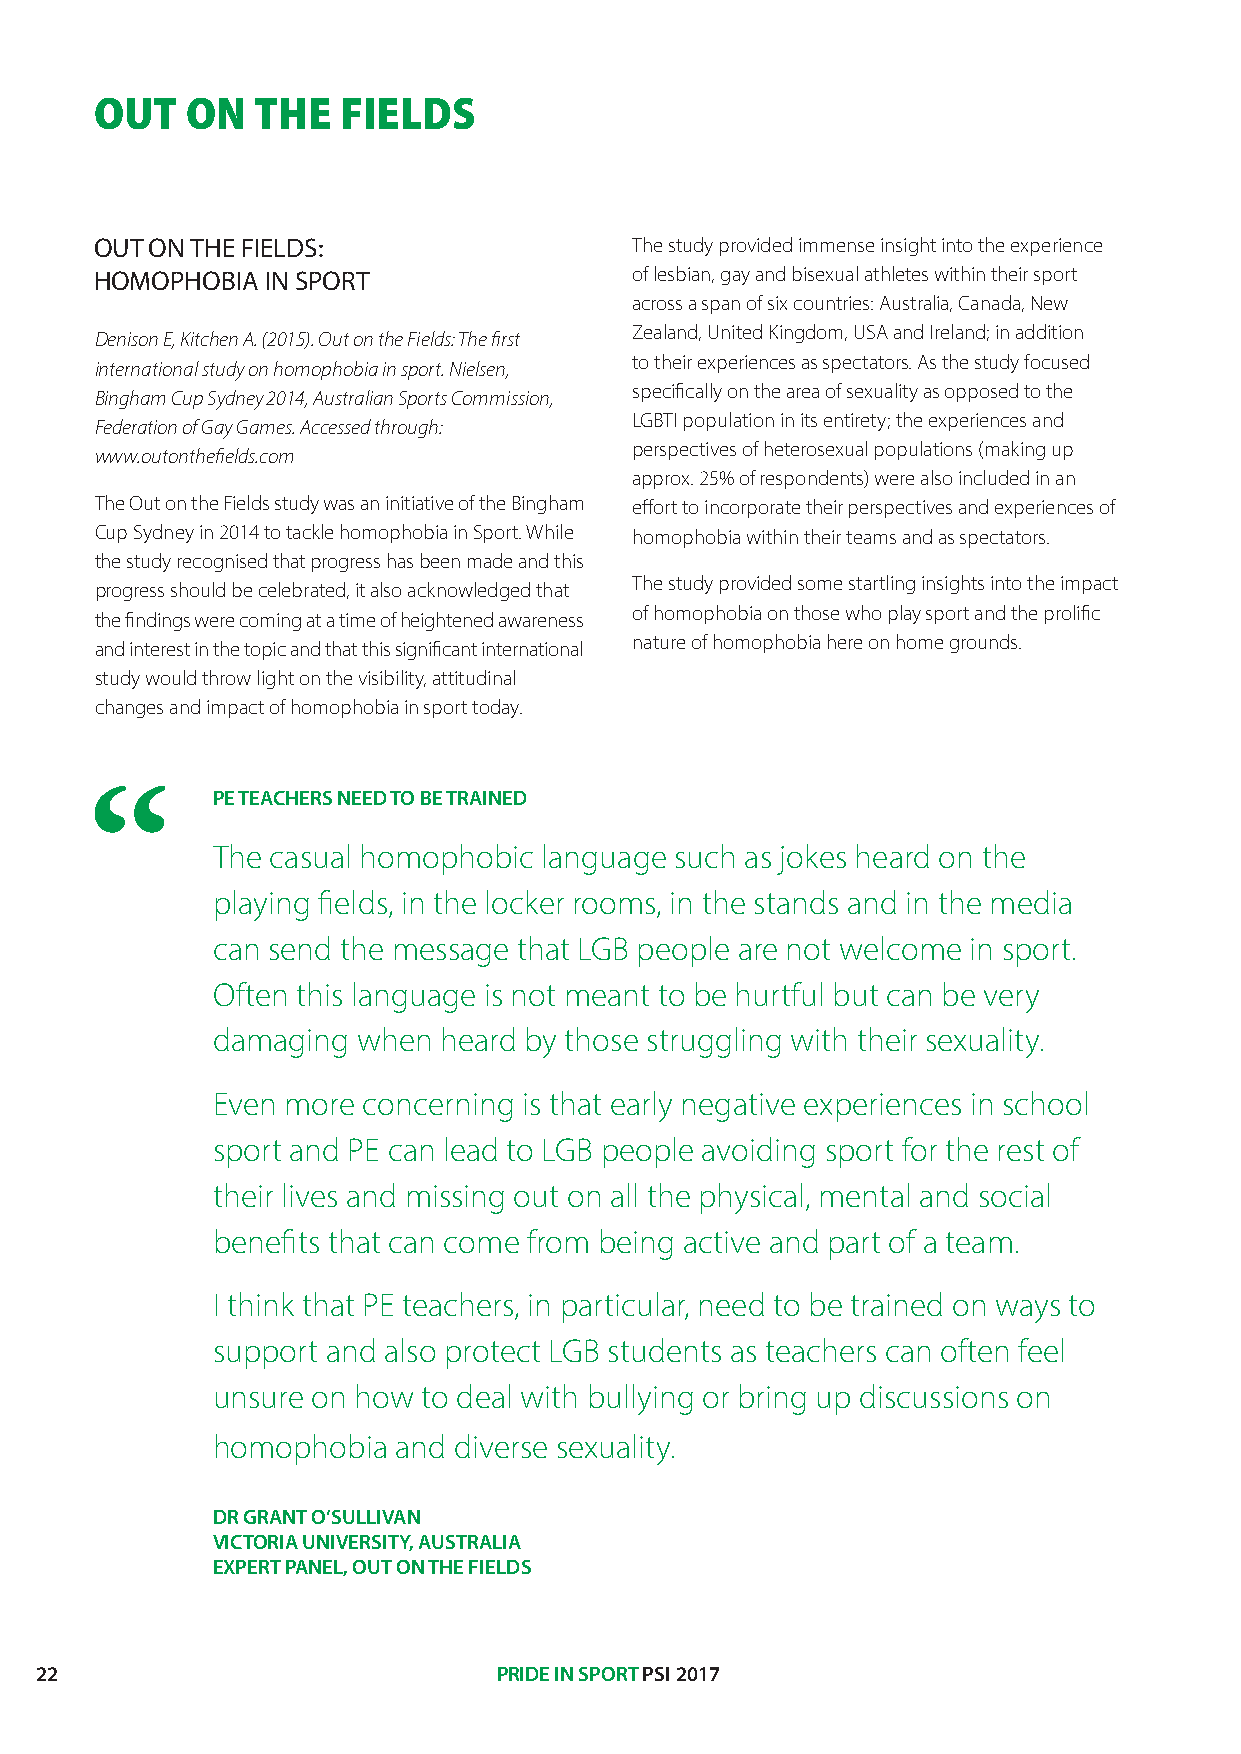
OUT   ON   THE  FIELDS
 OUT ON THE FIELDS:                  The study provided immense insight into the experience
 HOMOPHOBIA  IN SPORT                of lesbian, gay and bisexual athletes within their sport
 across a span of six countries: Australia, Canada, New
 Zealand, United Kingdom, USA and Ireland; in addition
 Denison E, Kitchen A. (2015). Out on the Fields: The first
 to their experiences as spectators. As the study focused
 international study on homophobia in sport. Nielsen,
 specifically on the area of sexuality as opposed to the
 Bingham Cup Sydney 2014, Australian Sports Commission,
 LGBTI population in its entirety; the experiences and
 Federation of Gay Games. Accessed through:
 perspectives of heterosexual populations (making up
 www.outonthefields.com
 approx. 25% of respondents) were also included in an
 The Out on the Fields study was an initiative of the Bingham effort to incorporate their perspectives and experiences of
 Cup Sydney in 2014 to tackle homophobia in Sport. While homophobia within their teams and as spectators.
 the study recognised that progress has been made and this
 The study provided some startling insights into the impact
 progress should be celebrated, it also acknowledged that
 of homophobia on those who play sport and the prolific
 the findings were coming at a time of heightened awareness
 nature of homophobia here on home grounds.
 and interest in the topic and that this significant international
 study would throw light on the visibility, attitudinal
 changes and impact of homophobia in sport today.
 PE TEACHERS NEED TO BE TRAINED
 The casual homophobic language such as jokes heard on the
 playing fields, in the locker rooms, in the stands and in the media
 can send the message that LGB people are not welcome in sport.
 Often this language is not meant to be hurtful but can be very
 damaging  when heard by those struggling with their sexuality.
 Even more concerning is that early negative experiences in school
 sport and PE can lead to LGB people avoiding sport for the rest of
 their lives and missing out on all the physical, mental and social
 benefits that can come from being active and part of a team.
 I think that PE teachers, in particular, need to be trained on ways to
 support and also protect LGB students as teachers can often feel
 unsure on how to deal with bullying or bring up discussions on
 homophobia  and diverse sexuality.
 DR GRANT O’SULLIVAN
 VICTORIA UNIVERSITY, AUSTRALIA
 EXPERT PANEL, OUT ON THE FIELDS
 22                             PRIDE IN SPORT PSI 2017